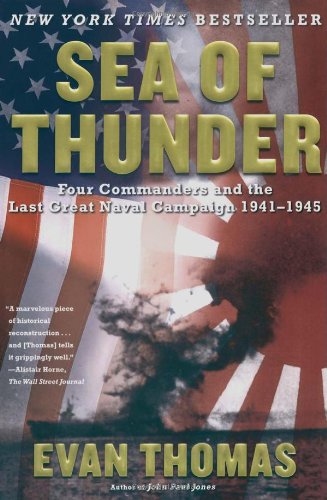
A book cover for Sea of Thunder: Four Commanders and the Last Great Naval Campaign 1941-1945; Evan Thomas; History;